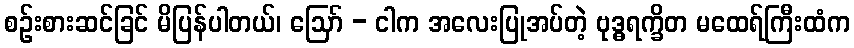
စဉ်းစားဆင်ခြင် မိပြန်ပါတယ်၊ ဪ - ငါက အလေးပြုအပ်တဲ့ ဗုဒ္ဓရက္ခိတ မထေရ်ကြီးထံက